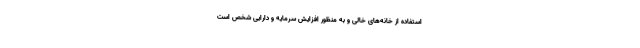
استفاده از خانه‌های خالی و به منظور افزایش سرمایه و دارایی شخص است